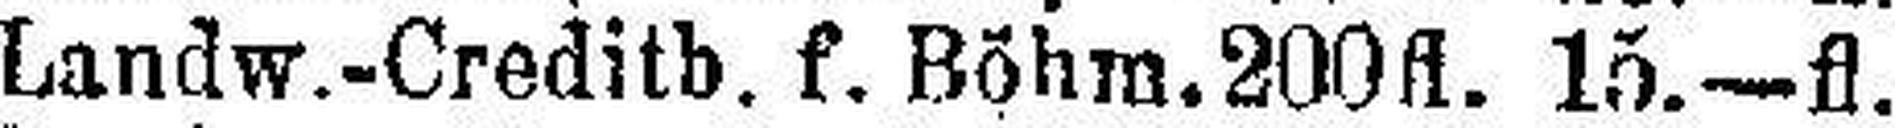
Landw.-Creditb. f. Böhm. 200fl. 15.—fl.